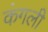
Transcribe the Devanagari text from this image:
कंगली